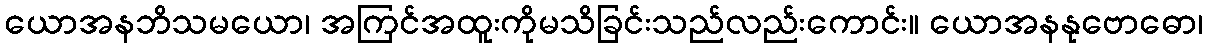
ယောအနဘိသမယော၊ အကြင်အထူးကိုမသိခြင်းသည်လည်းကောင်း။ ယောအနနုဗောဓော၊